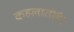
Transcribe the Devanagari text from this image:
कहलातीहै।